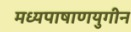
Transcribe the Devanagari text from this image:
मध्यपाषाणयुगीन